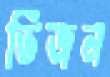
ভিজন